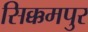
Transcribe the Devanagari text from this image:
सिक्कमपुर